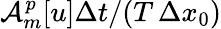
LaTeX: \mathcal{A}_{m}^{p}[u]\Delta t/(T\, \Delta x_{0})